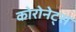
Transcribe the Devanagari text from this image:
कोरोनेट्स